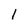
Character: l